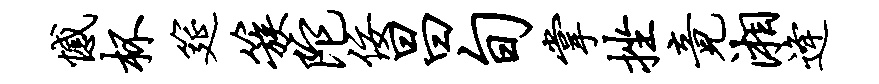
憾杯筵簇陀佞昌旬掌挫竟湘逄